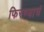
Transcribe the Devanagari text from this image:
फिरण्याचं